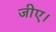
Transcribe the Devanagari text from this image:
जीए।